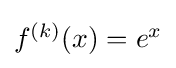
{\textstyle f^{(k)}(x)=e^{x}}